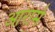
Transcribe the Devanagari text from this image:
आरामे